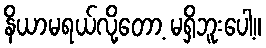
နိယာမရယ်လို့တော့ မရှိဘူးပေါ့။